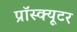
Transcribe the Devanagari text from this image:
प्रॉस्क्यूटर